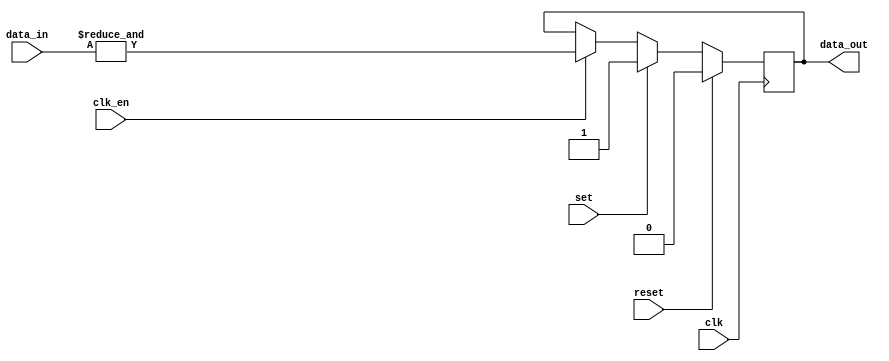
module test(input clk, reset, set,
input clk_en,
input [3:0] data_in,
output reg data_out);

always @(posedge clk)
	if(reset)
		data_out <= 1'b0;
	else if(set)
		data_out <= 1'b1;
	else if(clk_en)
		data_out <= &data_in;
	else
		data_out <= data_out;
		
endmodule